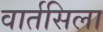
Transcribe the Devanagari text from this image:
वार्तसिला